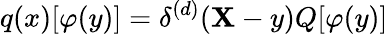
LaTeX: q(x)[\varphi(y)]=\delta^{(d)}(\mathbf{X}-y)Q[\varphi(y)]